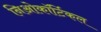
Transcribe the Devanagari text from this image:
निओकॉर्टिकल